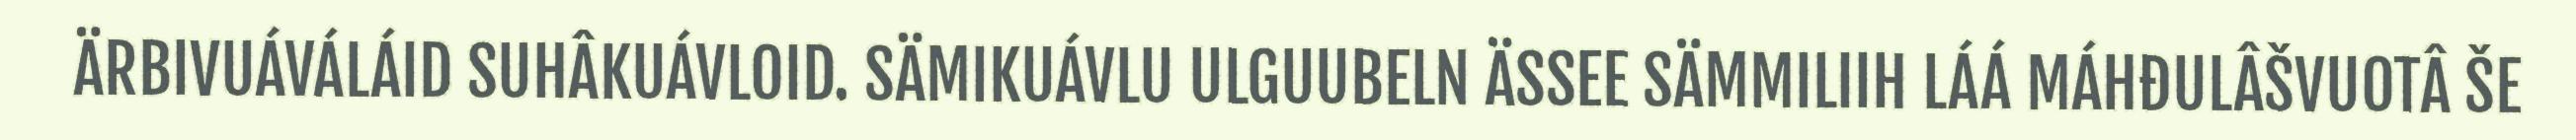
ÄRBIVUÁVÁLÁID SUHÂKUÁVLOID. SÄMIKUÁVLU ULGUUBELN ÄSSEE SÄMMILIIH LÁÁ MÁHĐULÂŠVUOTÂ ŠE